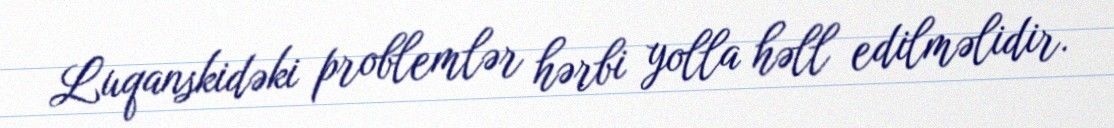
Luqanskidəki problemlər hərbi yolla həll edilməlidir.